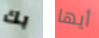
بك أيها